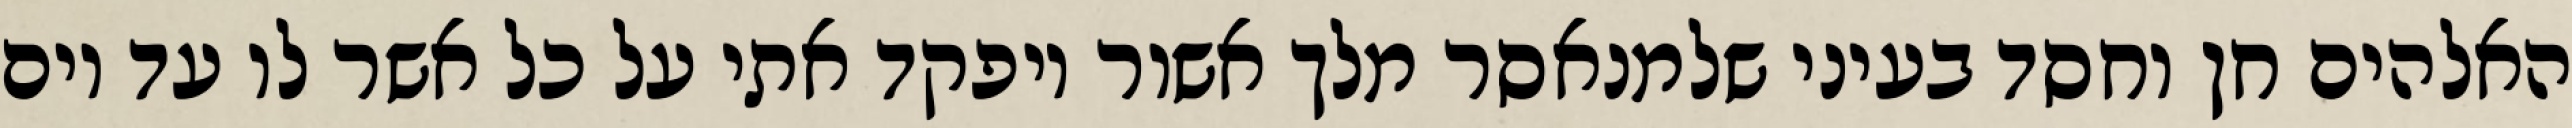
האלהים חן וחסד בעיני שלמנאסר מלך אשור ויפקד אתי על כל אשר לו עד יום